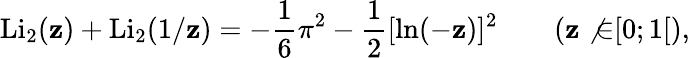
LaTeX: \operatorname{Li}_{2}(\mathbf{z})+\operatorname{Li}_{2}(1/\mathbf{z})=-{\frac{{1}}{{6}}}\pi^{2}-{\frac{{1}}{{2}}}[\ln(-\mathbf{z})]^{2}\qquad(\mathbf{z}\not{\in}[0;1[),